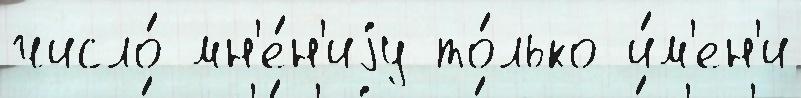
число́ мн'е́н'иjу то́лько и́м'ен'и